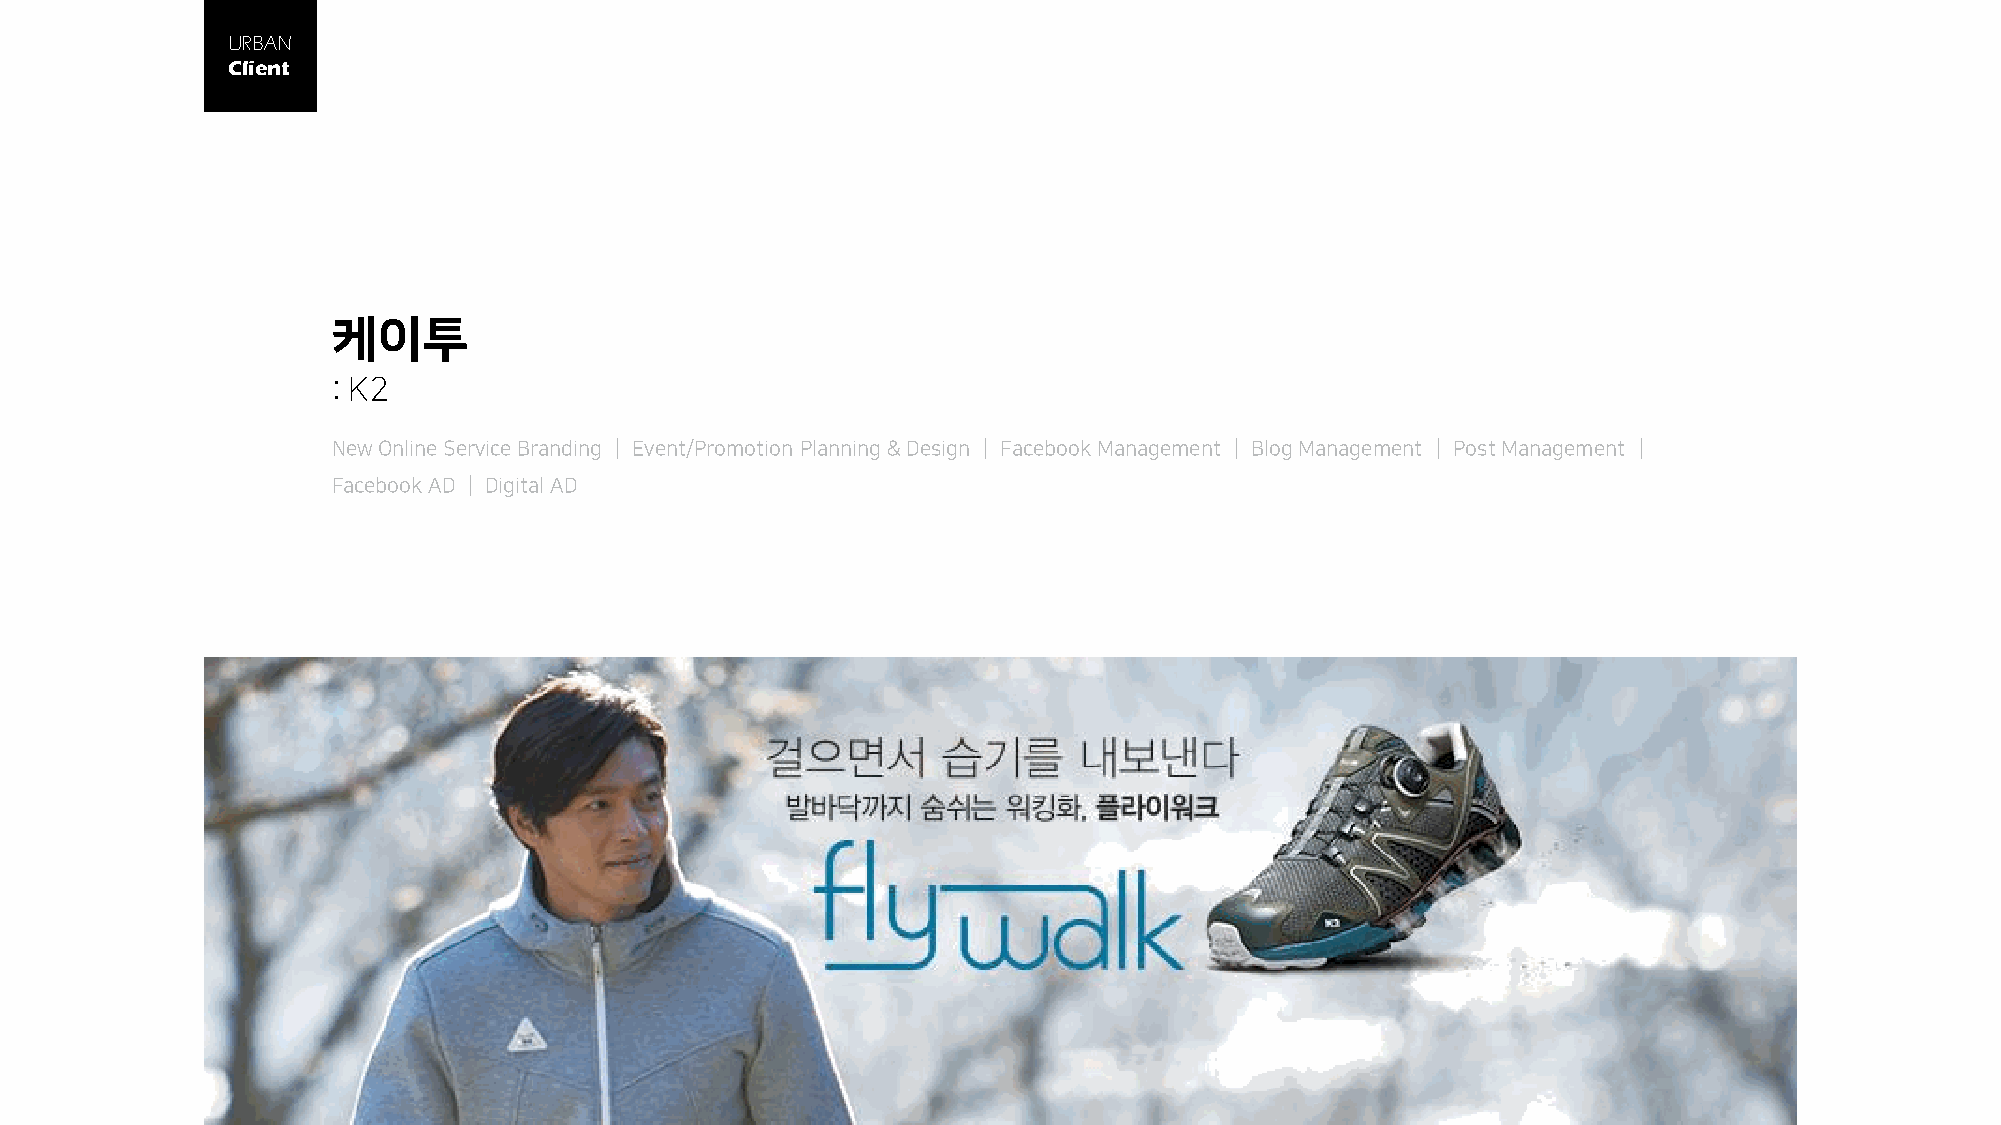
URBAN
 Client
 케이투
 : K2
 New Online Service Branding │ Event/Promotion Planning & Design │ Facebook Management │ Blog Management │ Post Management │
 Facebook AD │ Digital AD